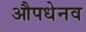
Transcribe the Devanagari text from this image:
औपधेनव